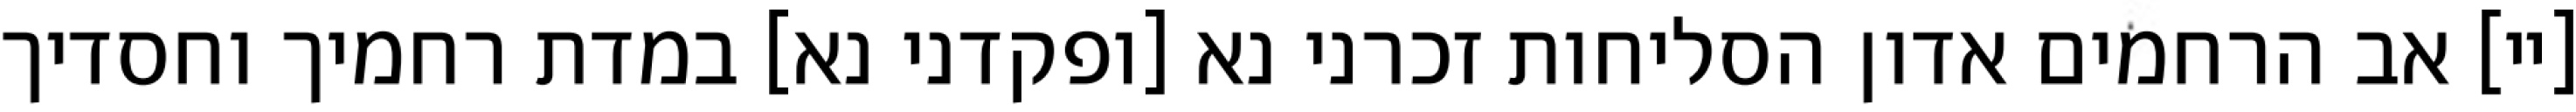
[יי] אב הרחמים אדון הסליחות זכרני נא [ופקדני נא] במדת רחמיך וחסדיך